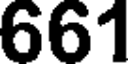
661